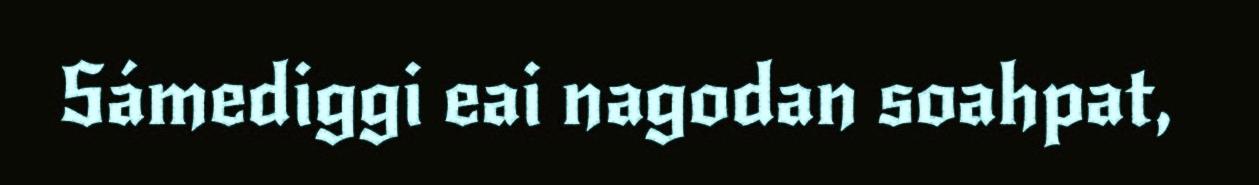
Sámediggi eai nagodan soahpat,